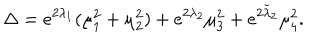
LaTeX: \Delta = e ^ { 2 \lambda _ { 1 } } ( \mu _ { 1 } ^ { 2 } + \mu _ { 2 } ^ { 2 } ) + e ^ { 2 \lambda _ { 2 } } \mu _ { 3 } ^ { 2 } + e ^ { 2 \tilde { \lambda } _ { 2 } } \mu _ { 4 } ^ { 2 } .